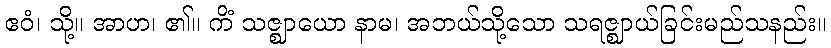
ဧဝံ၊ သို့။ အာဟ၊ ၏။ ကိံ သဇ္ဈာယော နာမ၊ အဘယ်သို့သော သရဇ္ဈာယ်ခြင်းမည်သနည်း။